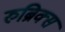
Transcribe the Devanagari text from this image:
रुब्रिक्स